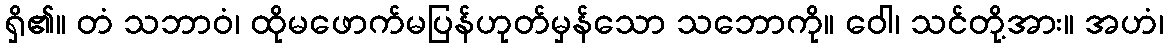
ရှိ၏။ တံ သဘာဝံ၊ ထိုမဖောက်မပြန်ဟုတ်မှန်သော သဘောကို။ ဝေါ၊ သင်တို့အား။ အဟံ၊